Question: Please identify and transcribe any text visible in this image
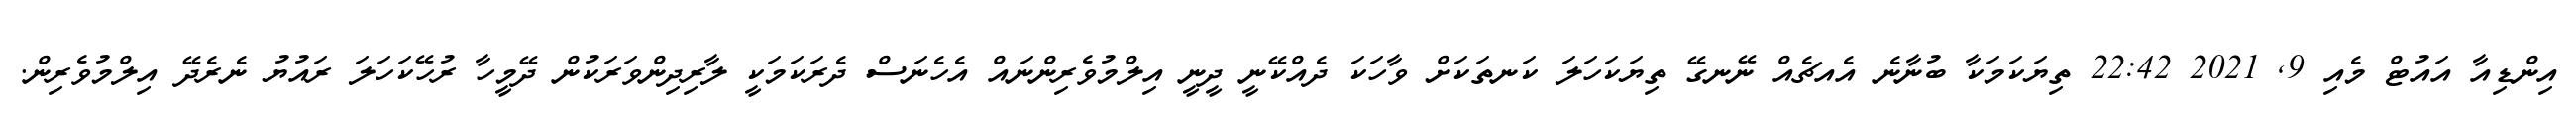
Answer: އިންޑިއާ އައުޓް މެއި 9, 2021 22:42 ތިޔަކަމަކާ ބުނާނެ އެއޗެއް ނޭނގޭ ތިޔަކަހަލަ ކަނތަކަށް ވާހަކަ ދެއްކޭނީ ދީނީ އިލްމުވެރިންނައް އެހެނަސް ދެރަކަމަކީ ލާރިދިންވަރަކުން ދޭމީހާ ރުހޭކަހަލަ ރައުޔު ނެރެދޭ އިލްމުވެރިން.